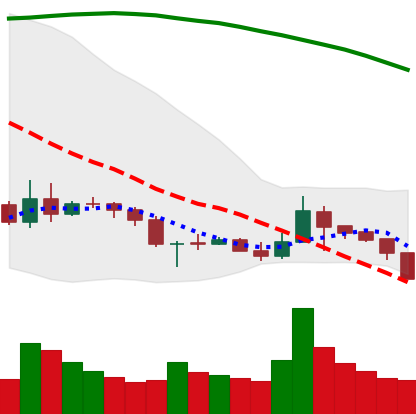
Ticker: BNB-USD
Chart end date: 2019-09-23
Forward return: -18.65%
Label: down_7plus